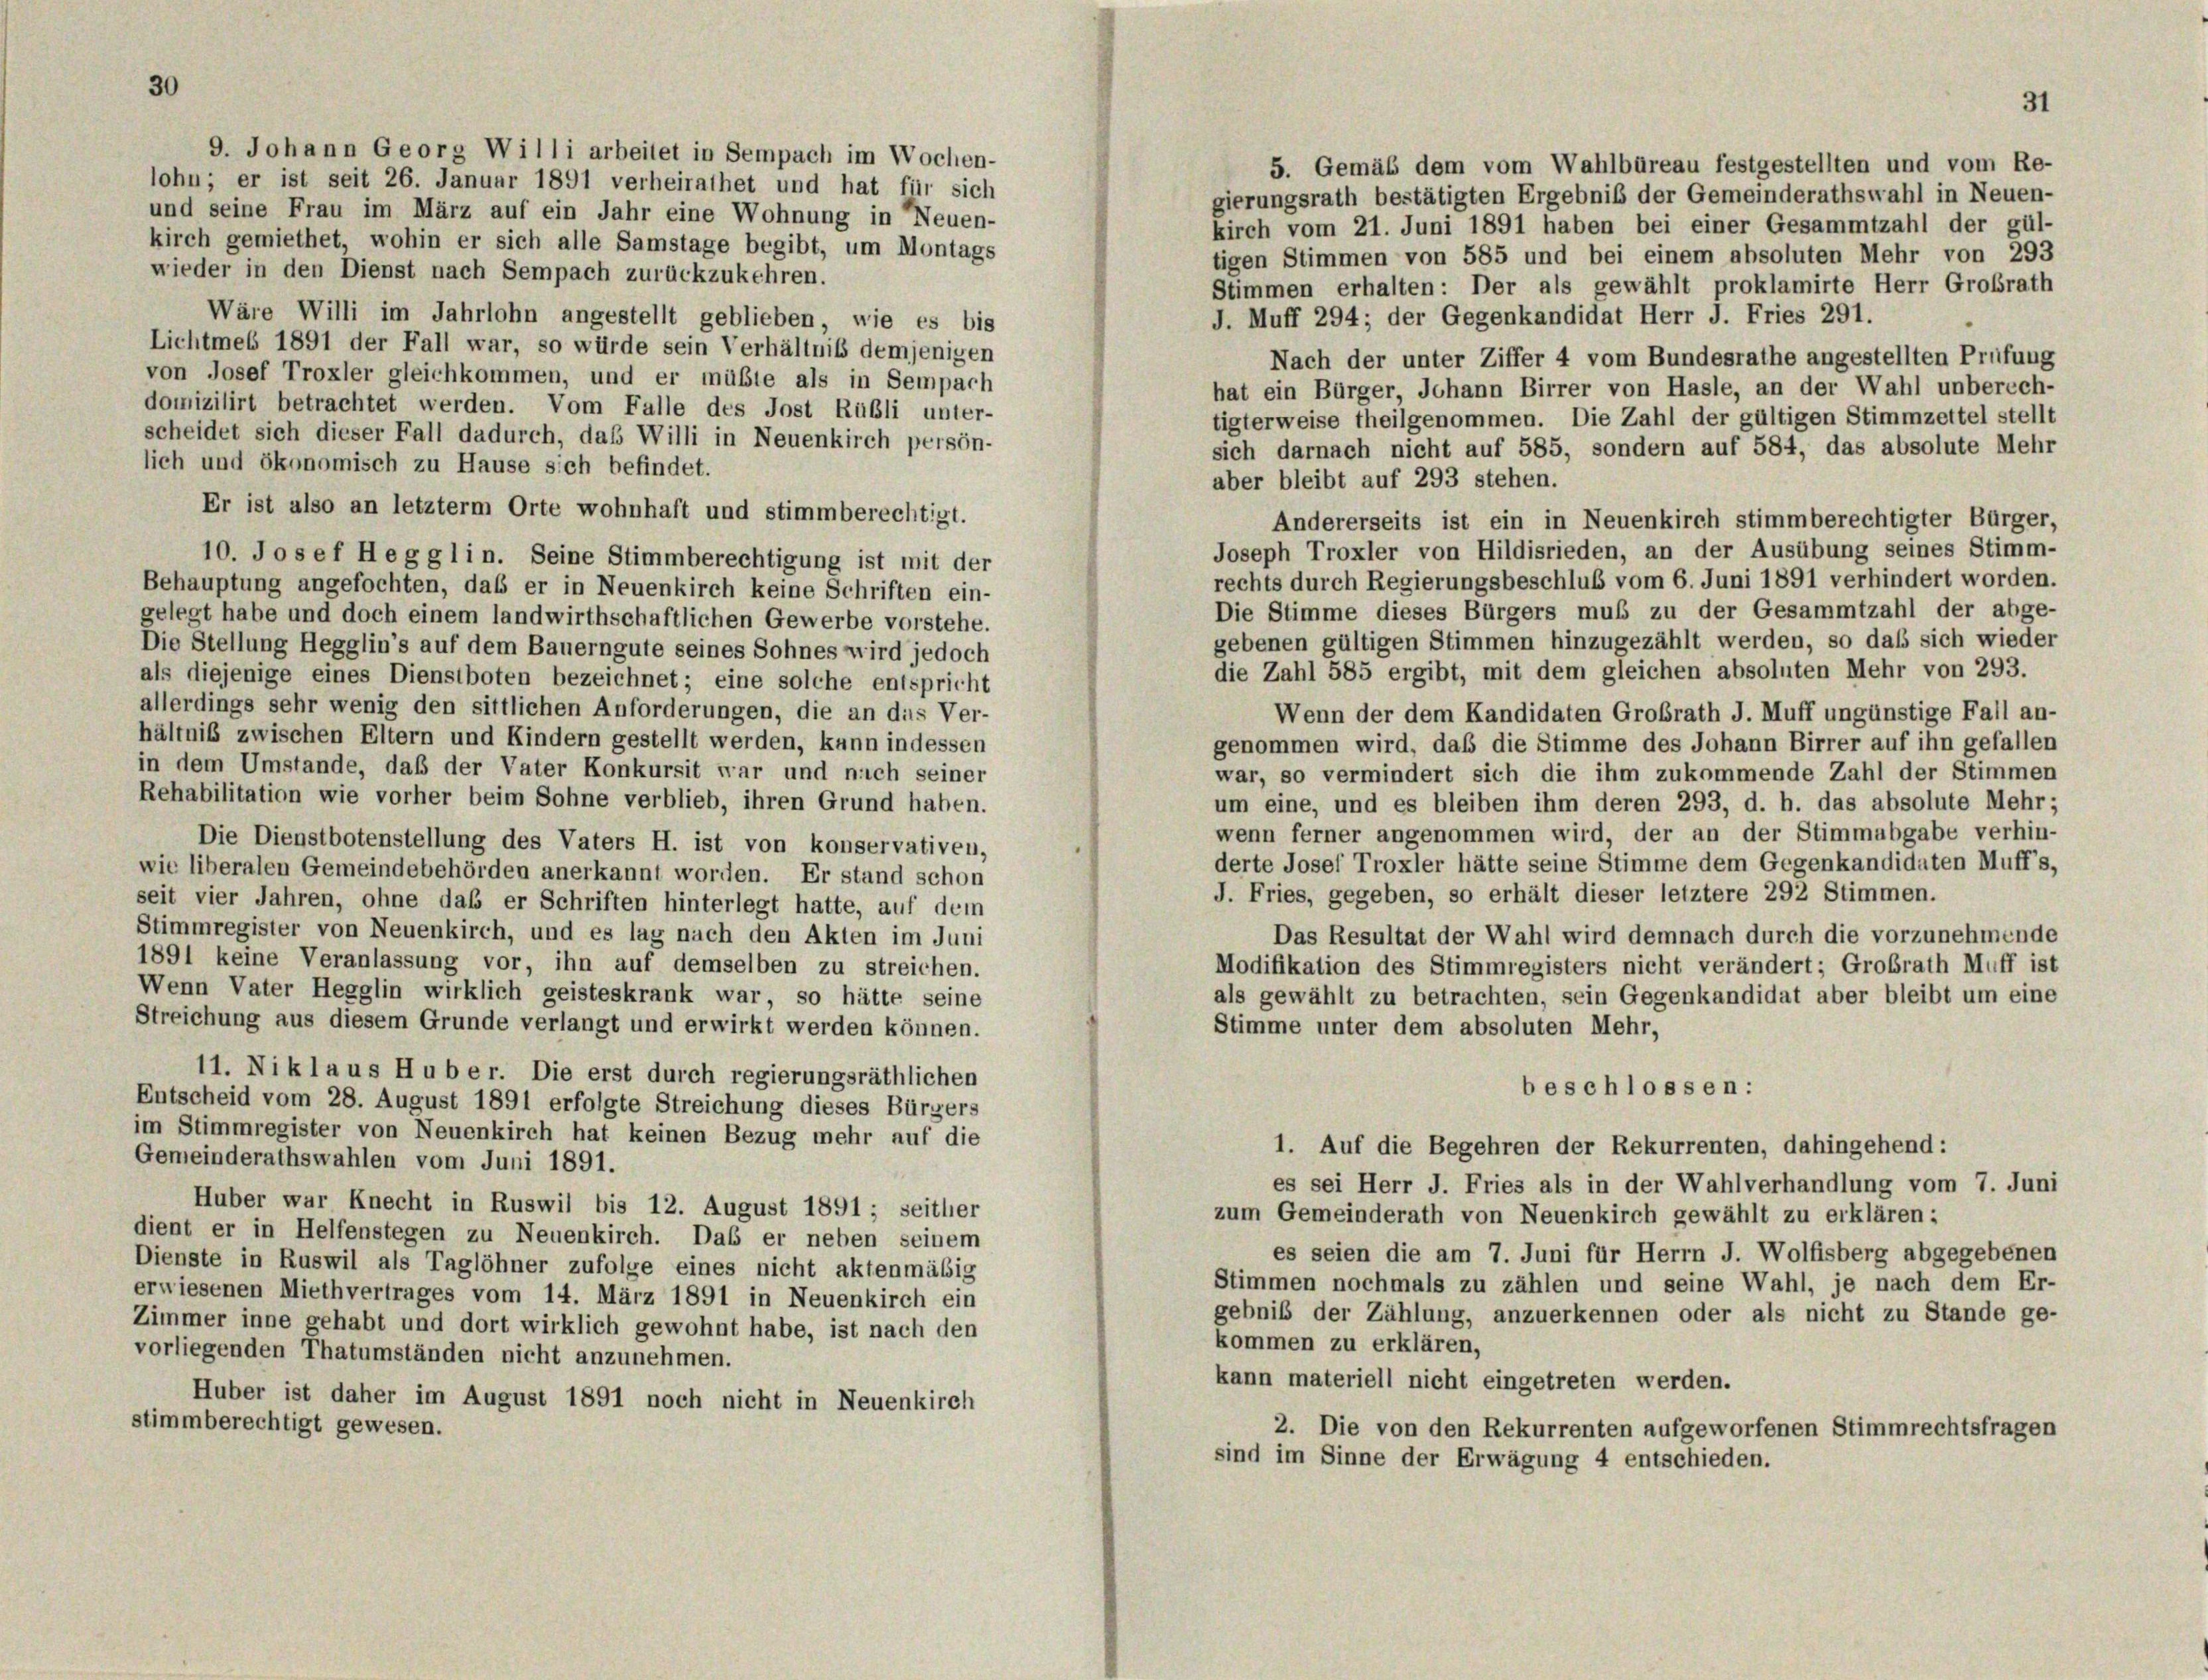
30

9. Johann Georg Willi arbeitet in Sempach im Wochen-
5. Gemäß dem vom Wahlbüreau festgestellten und vom Re-
lohn; er ist seit 26. Januar 1891 verheirathet und hat für sich
gierungsrath bestätigten Ergebniß der Gemeinderathswahl in Neuen-
und seine Frau im März auf ein Jahr eine Wohnung in Neuen-
kirch vom 21. Juni 1891 haben bei einer Gesammtzahl der gül-
kirch gemiethet, wohin er sich alle Samstage begibt, um Montags
tigen Stimmen von 585 und bei einem absoluten Mehr von 293
wieder in den Dienst nach Sempach zurückzukehren.
Stimmen erhalten: Der als gewählt proklamirte Herr Großrath
Wäre Willi im Jahrlohn angestellt geblieben, wie es bis
J. Muff 294; der Gegenkandidat Herr J. Fries 291.
Lichtmeß 1891 der Fall war, so würde sein Verhältniß demjenigen
Nach der unter Ziffer 4 vom Bundesrathe angestellten Prüfung
von Josef Troxler gleichkommen, und er müßte als in Sempach
hat ein Bürger, Johann Birrer von Hasle, an der Wahl unberech-
domizilirt betrachtet werden. Vom Falle des Jost Rübli unter-
tigterweise theilgenommen. Die Zahl der gültigen Stimmzettel stellt
scheidet sich dieser Fall dadurch, daß Willi in Neuenkirch persön-
sich darnach nicht auf 585, sondern auf 584, das absolute Mehr
lich und ökonomisch zu Hause sich befindet.
aber bleibt auf 293 stehen.
Er ist also an letzterm Orte wohnhaft und stimmberechtigt.
Andererseits ist ein in Neuenkirch stimmberechtigter Bürger,
Joseph Troxler von Hildisrieden, an der Ausübung seines Stimm-
10. Josef Hegglin. Seine Stimmberechtigung ist mit der
rechts durch Regierungsbeschluß vom 6. Juni 1891 verhindert worden.
Behauptung angefochten, daß er in Neuenkirch keine Schriften ein-
Die Stimme dieses Bürgers muß zu der Gesammtzahl der abge-
gelegt habe und doch einem landwirthschaftlichen Gewerbe vorstehe.
gebenen gültigen Stimmen hinzugezählt werden, so daß sich wieder
Die Stellung Hegglin’s auf dem Bauerngute seines Sohnes wird jedoch
die Zahl 585 ergibt, mit dem gleichen absoluten Mehr von 293.
als diejenige eines Dienstboten bezeichnet; eine solche entspricht
allerdings sehr wenig den sittlichen Anforderungen, die an dies Ver-
Wenn der dem Kandidaten Großrath J. Muff ungünstige Fall an-
hältnis zwischen Eltern und Kindern gestellt werden, kann indessen
genommen wird, daß die Stimme des Johann Birrer auf ihn gefallen
in dem Umstände, daß der Vater Konkursit war und nach seiner
war, so vermindert sich die ihm zukommende Zahl der Stimmen
Rehabilitation wie vorher beim Sohne verblieb, ihren Grund haben.
um eine, und es bleiben ihm deren 293, d. h. das absolute Mehr;
wenn ferner angenommen wird, der an der Stimmabgabe verhin-
Die Dienstbotenstellung des Vaters H. ist von konservativen,
derte Josef Troxler hätte seine Stimme dem Gegenkandidaten Muff’s,
wie liberalen Gemeindebehörden anerkannt worden. Er stand schon
J. Fries, gegeben, so erhält dieser letztere 292 Stimmen.
seit vier Jahren, ohne daß er Schriften hinterlegt hatte, auf dem
Stimmregister von Neuenkirch, und es lag nach den Akten im Juni
Das Resultat der Wahl wird demnach durch die vorzunehmende
1891 keine Veranlassung vor, ihn auf demselben zu streichen.
Modifikation des Stimmregisters nicht verändert; Großrath Muff ist
Wenn Vater Hegglin wirklich geisteskrank war, so hätte seine
als gewählt zu betrachten, sein Gegenkandidat aber bleibt um eine
Streichung aus diesem Grunde verlangt und erwirkt werden können.
Stimme unter dem absoluten Mehr,
11. Niklaus Huber. Die erst durch regierungsräthlichen
beschlossen:
Entscheid vom 28. August 1891 erfolgte Streichung dieses Bürgers
im Stimmregister von Neuenkirch hat keinen Bezug mehr auf die
1. Auf die Begehren der Rekurrenten, dahingehend:
Gemeinderathswahlen vom Juni 1891.
es sei Herr J. Fries als in der Wahlverhandlung vom 7. Juni
Huber war Knecht in Ruswil bis 12. August 1891 ; seither
zum Gemeinderath von Neuenkirch gewählt zu erklären:
dient er in Helfenstegen zu Neuenkirch. Das er neben seinem
es seien die am 7. Juni für Herrn J. Wolfisberg abgegebenen
Dienste in Ruswil als Taglöhner zufolge eines nicht aktenmäßig
Stimmen nochmals zu zählen und seine Wahl, je nach dem Er-
erwiesenen Miethvertrages vom 14. März 1891 in Neuenkirch ein
gebnis der Zählung, anzuerkennen oder als nicht zu Stande ge-
Zimmer inne gehabt und dort wirklich gewohnt habe, ist nach den
kommen zu erklären,
vorliegenden Thatumständen nicht anzunehmen.
kann materiell nicht eingetreten werden.
Huber ist daher im August 1891 noch nicht in Neuenkirch
stimmberechtigt gewesen.
2. Die von den Rekurrenten aufgeworfenen Stimmrechtsfragen
sind im Sinne der Erwägung 4 entschieden.

31